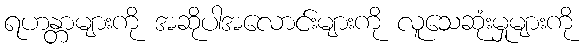
ရဟန္တာများကို အဆိုပါအလောင်းများကို လူသေဆုံးမှုများကို